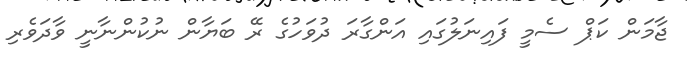
ޖާމަން ކަޕް ސެމީ ފައިނަލުގައި އަންގާރަ ދުވަހުގެ ރޭ ބަޔާން ނުކުންނާނީ ވާދަވެރި